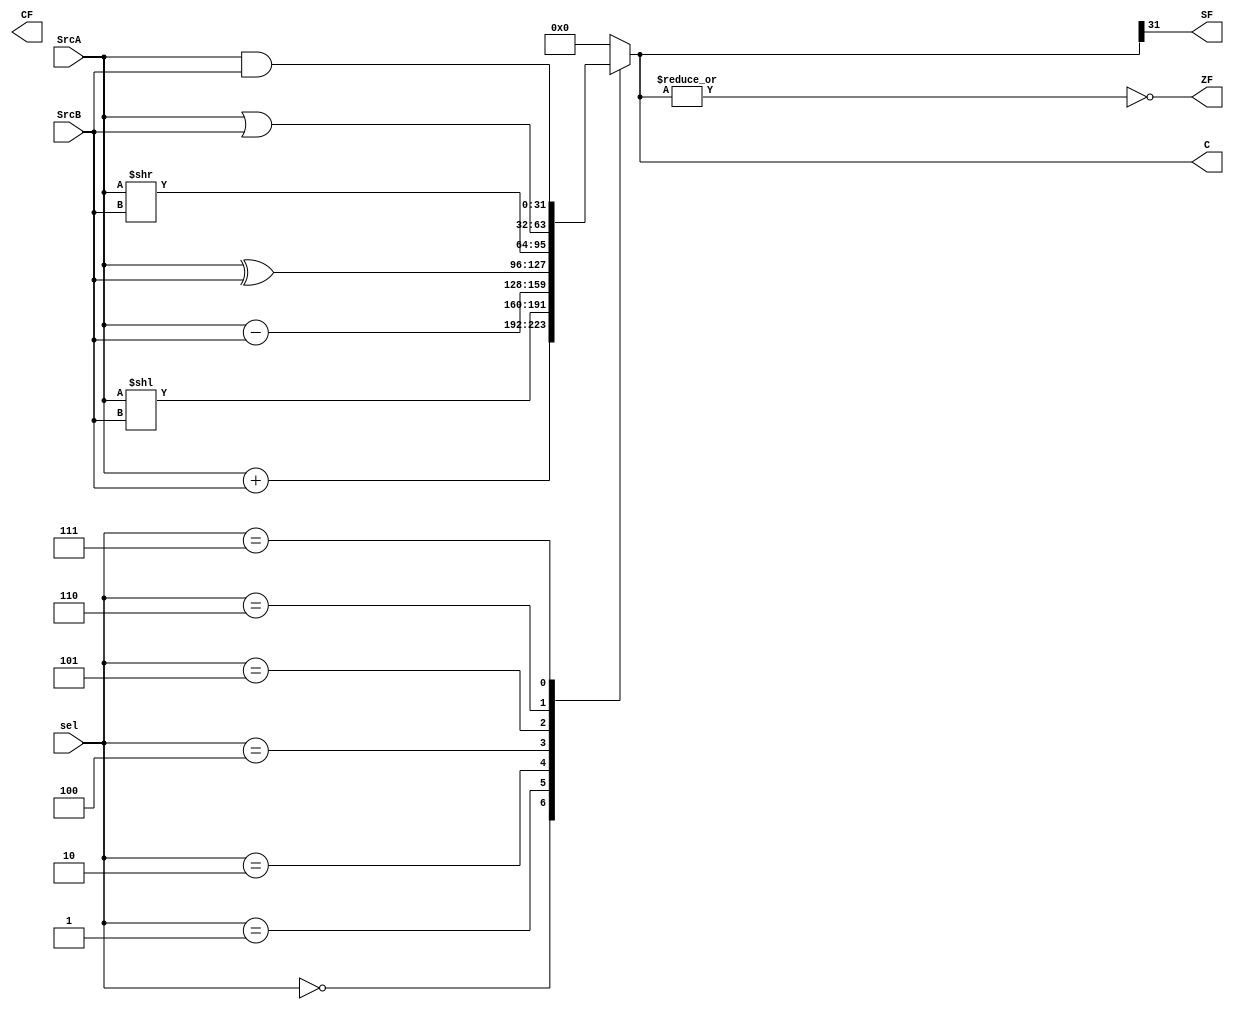
module ALU(
  input [31:0] SrcA,SrcB,
  input [2:0] sel,
  output reg [31:0] C,
  output reg ZF,SF,CF
);
always@(*)
	begin
  	case(sel)
   		3'b000 : C = SrcA + SrcB ;
   		3'b001 : C = SrcA<<SrcB ;
   		3'b010 : C = SrcA - SrcB ;
   		3'b100 : C = SrcA ^ SrcB ;
   		3'b101 : C = SrcA>>SrcB ;
   		3'b110 : C = SrcA | SrcB ;
   		3'b111 : C = SrcA & SrcB ;
   		default :C = 32'b0 ;
  	endcase  
	ZF = ~(|C);
	SF =  C[31];
end

endmodule